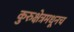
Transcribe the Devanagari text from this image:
कुरुक्षेत्रमधूनच